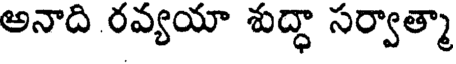
అనాది రవ్యయా శుద్ధా సర్వాత్మా